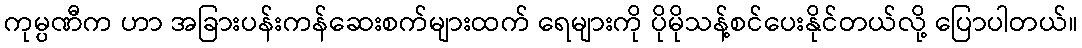
ကုမ္ပဏီက ဟာ အခြားပန်းကန်ဆေးစက်များထက် ရေများကို ပိုမိုသန့်စင်ပေးနိုင်တယ်လို့ ပြောပါတယ်။